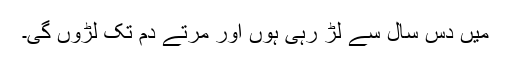
میں دس سال سے لڑ رہی ہوں اور مرتے دم تک لڑوں گی۔